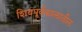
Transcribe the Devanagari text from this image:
शिवपूर्वकालातील